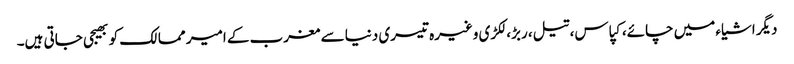
دیگر اشیاء میں چائے، کپاس، تیل، ربڑ، لکڑی وغیرہ تیسری دنیا سے مغرب کے امیر ممالک کو بھیجی جاتی ہیں۔